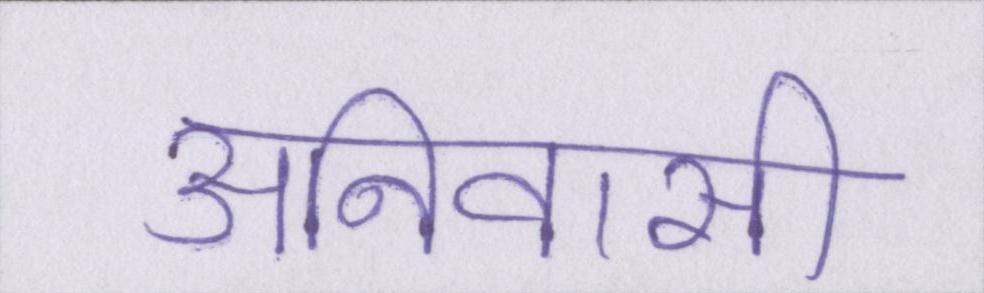
अनिवासी